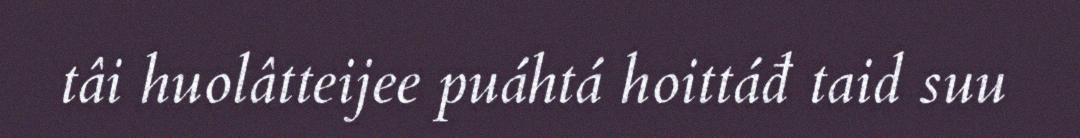
tâi huolâtteijee puáhtá hoittáđ taid suu